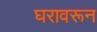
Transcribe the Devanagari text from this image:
घरावरून